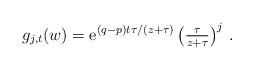
LaTeX: \begin{align*}g_{j,t}(w)=\mathrm{e}^{(q-p)t \tau/(z+\tau)} \left(\tfrac{\tau}{z+\tau}\right)^j\,. \end{align*}